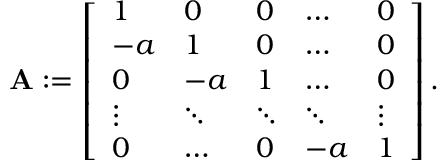
\begin{array} { r } { \mathbf { A } : = \left[ \begin{array} { l l l l l } { 1 } & { 0 } & { 0 } & { \ldots } & { 0 } \\ { - a } & { 1 } & { 0 } & { \ldots } & { 0 } \\ { 0 } & { - a } & { 1 } & { \ldots } & { 0 } \\ { \vdots } & { \ddots } & { \ddots } & { \ddots } & { \vdots } \\ { 0 } & { \ldots } & { 0 } & { - a } & { 1 } \end{array} \right] . } \end{array}